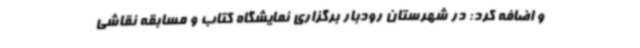
و اضافه کرد: در شهرستان رودبار برگزاری نمایشگاه کتاب و مسابقه نقاشی